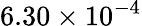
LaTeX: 6.30\times 10^{-4}